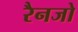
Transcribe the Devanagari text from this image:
रैनजो